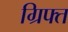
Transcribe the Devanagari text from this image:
ग्रिफ्त